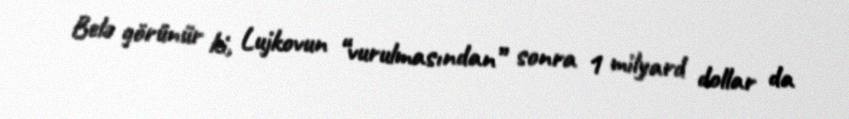
Belə görünür ki, Lujkovun “vurulmasından” sonra 1 milyard dollar da